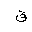
Letter: _qaf